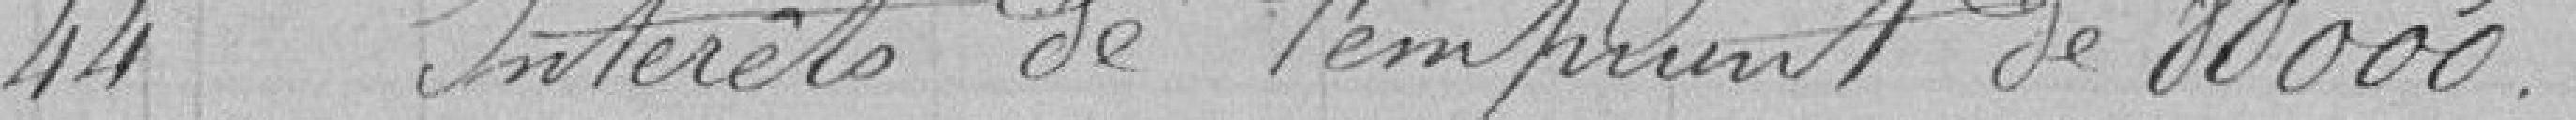
44 Intérêts de l'emprunt de 80000